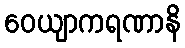
ဝေယျာကရဏာနိ